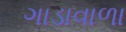
ગાડાવાળા